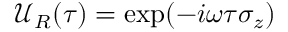
\mathcal { U } _ { R } ( \tau ) = \exp ( - i \omega \tau \sigma _ { z } )